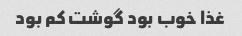
غذا خوب بود گوشت کم بود